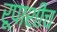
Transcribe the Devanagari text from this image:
रूपाशीच